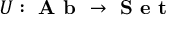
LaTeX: U : { \textbf { A b } } \to { \textbf { S e t } }